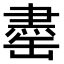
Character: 𫄽